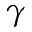
\gamma